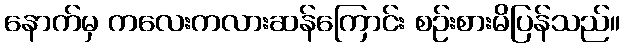
နောက်မှ ကလေးကလားဆန်ကြောင်း စဉ်းစားမိပြန်သည်။